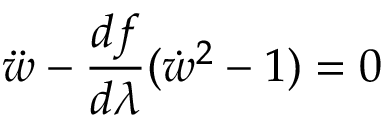
\ddot { w } - \frac { d f } { d \lambda } ( \dot { w } ^ { 2 } - 1 ) = 0